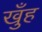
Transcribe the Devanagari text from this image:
खुँह